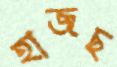
হাজছ